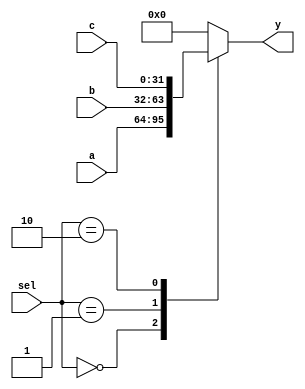
`timescale 1ns / 1ps
//////////////////////////////////////////////////////////////////////////////////
// Company: 
// Engineer: 
// 
// Design Name: 
// Module Name:    mux32_3_2_3 
// Project Name: 
// Target Devices: 
// Tool versions: 
// Description: 
//
// Dependencies: 
//
// Revision: 
// Revision 0.01 - File Created
// Additional Comments: 
//
//////////////////////////////////////////////////////////////////////////////////
module mux32_3_2_3(
	 input [31:0] a,
    input [31:0] b,
    input [31:0] c,
    input [1:0] sel,
    output reg [31:0] y
    );
	 always @ * begin
		case(sel)
		2'b00:begin
			y = a;
		end
		2'b01:begin
			y = b;
		end
		2'b10:begin
			y = c;
		end
		default:begin
			y = 0;
		end
		endcase
	 end
    


endmodule